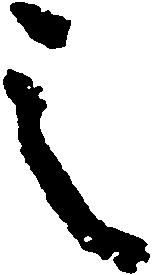
之